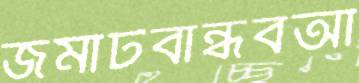
জমাটবান্ধবআ